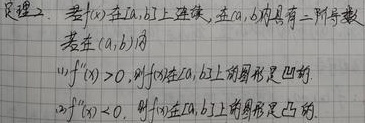
定理：若\(f(x)\)在\([a,b]\)上连续，在\((a,b)\)内有二阶导数。若在\((a,b)\)内：
1. \(f''(x)>0\)，则\(f(x)\)在\([a,b]\)上的图形是凹的。
2. \(f''(x)<0\)，则\(f(x)\)在\([a,b]\)上的图形是凸的。